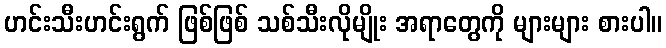
ဟင်းသီးဟင်းရွက် ဖြစ်ဖြစ် သစ်သီးလိုမျိုး အရာတွေကို များများ စားပါ။